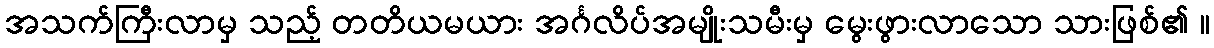
အသက်ကြီးလာမှ သည့် တတိယမယား အင်္ဂလိပ်အမျိုးသမီးမှ မွေးဖွားလာသော သားဖြစ်၏ ။